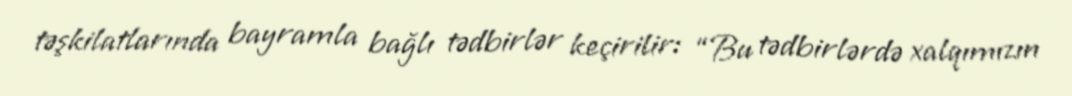
təşkilatlarında bayramla bağlı tədbirlər keçirilir: “Bu tədbirlərdə xalqımızın